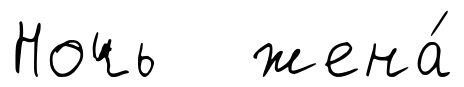
Ночь жена́